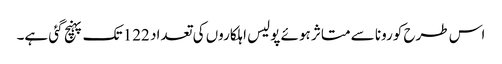
اس طرح کورونا سے متاثر ہوئے پولیس اہلکاروں کی تعداد 122 تک پہنچ گئی ہے۔